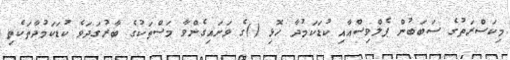
މިކަސްރަތުގެ ސަބަބުން ޕެލްވިސްއާއި ކުޑަކަމުދާ ހޮޅި ()ގެ ވަށައިގެންވާ މަސްތަކުގެ ބާރުގަދަވެ ކުޑަކަމުދާތަކެތި